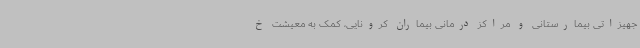
جهیزاتی بیمارستانی و مراکز درمانی بیماران کرونایی، کمک به معیشت خ